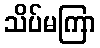
သိပ်မကြာ